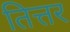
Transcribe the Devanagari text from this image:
तित्तर